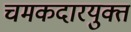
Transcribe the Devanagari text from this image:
चमकदारयुक्त